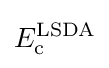
E_{\text{c}}^{\text{LSDA}}